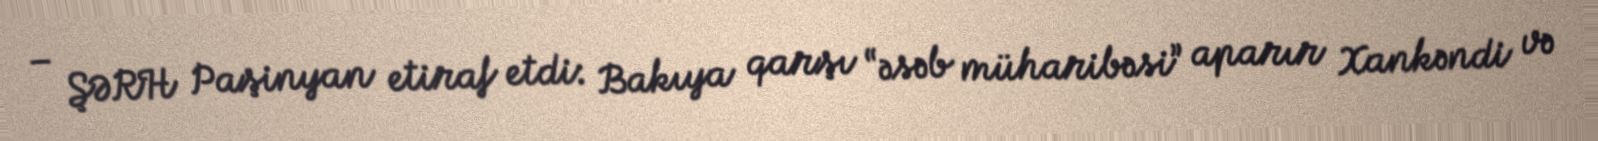
– ŞƏRH Paşinyan etiraf etdi: Bakıya qarşı “əsəb müharibəsi” aparır Xankəndi və